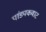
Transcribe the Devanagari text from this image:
पांड्यकवाट